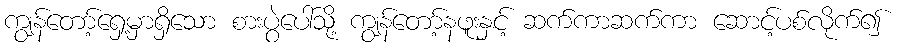
ကျွန်တော့်ရှေ့မှာရှိသော စားပွဲပေါ်သို့ ကျွန်တော့်နဖူးနှင့် ဆက်ကာဆက်ကာ ဆောင့်ပစ်လိုက်၍